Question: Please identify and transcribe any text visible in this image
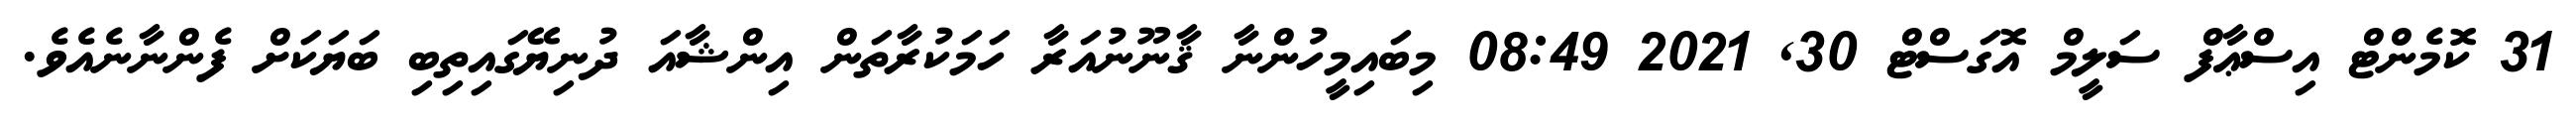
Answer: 31 ކޮމެންޓް އިސްޢާފް ސަލީމް އޮގަސްޓް 30, 2021 08:49 މިބައިމީހުންނާ ޤާނޫނުއަރާ ހަމަކުރާތަން އިންޝާއަ ދުނިޔޭގައިތިބި ބަޔަކަށް ފެންނާނެއެވެ.